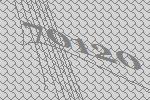
70120